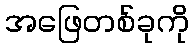
အဖြေတစ်ခုကို